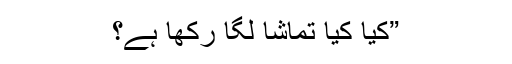
”کیا کیا تماشا لگا رکھا ہے؟